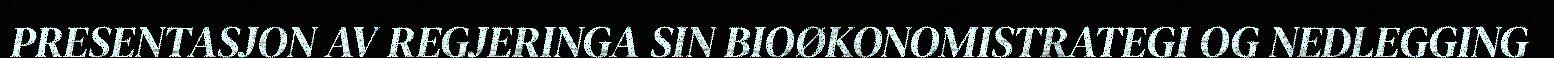
PRESENTASJON AV REGJERINGA SIN BIOØKONOMISTRATEGI OG NEDLEGGING